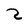
Character: Z